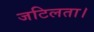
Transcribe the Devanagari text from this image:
जटिलता।